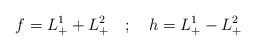
\begin{align*}f = L^1_+ + L^2_+\quad ; \quad h=L^1_+ - L^2_+\end{align*}